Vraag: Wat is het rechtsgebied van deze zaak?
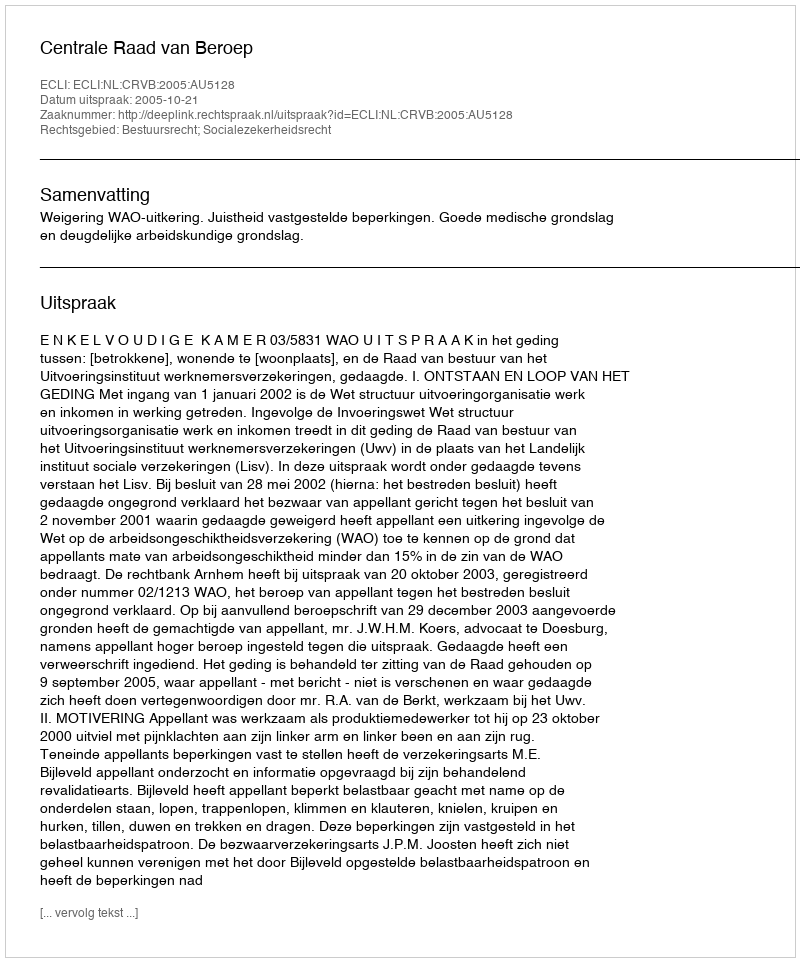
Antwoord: Bestuursrecht; Socialezekerheidsrecht